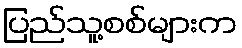
ပြည်သူ့စစ်များက